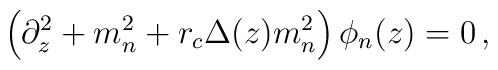
\left( \partial_z^2+m_n^2+r_c \Delta(z)m_n^2 \right) \phi_n(z)=0\,,